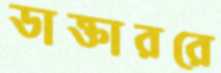
ডাক্তাররে